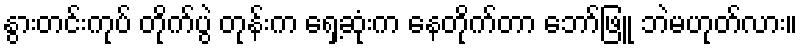
နွားတင်းကုပ် တိုက်ပွဲ တုန်းက ရှေ့ဆုံးက နေတိုက်တာ ဘော်ဖြူ ဘဲမဟုတ်လား။